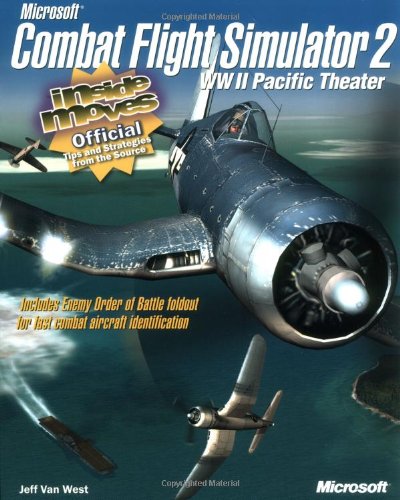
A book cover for MicrosoftÂ® Combat Flight Simulator 2: WW II Pacific Theater: Inside Moves (EU-Inside Moves); Jeffrey A. Van West; Science Fiction & Fantasy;